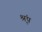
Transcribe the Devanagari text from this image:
श्रृंप